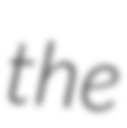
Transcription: the